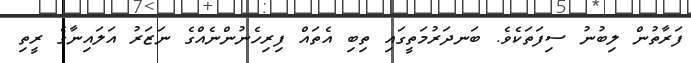
ފަރާތުން ލިބުނު ސިފަތަކެވެ. ބަނދަރުމަތީގައި ތިބި އެތައް ފިރިހެނުންނެއްގެ ނަޒަރު އަލައިނާގެ ރީތި